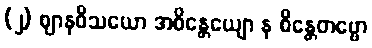
(၂) ဈာနဝိသယော အစိန္တေယျော န စိန္တေတဗ္ဗော